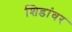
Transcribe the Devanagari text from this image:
शिडांवर